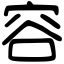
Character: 容